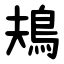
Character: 鳺